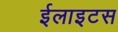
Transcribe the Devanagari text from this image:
ईलाइटस